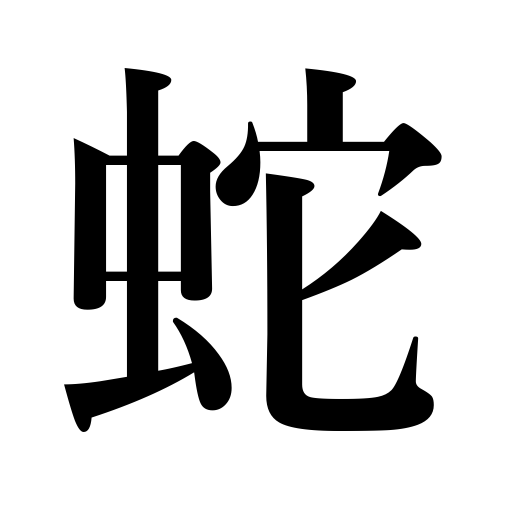
Meanings: snake,hard drinker,serpent